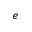
e